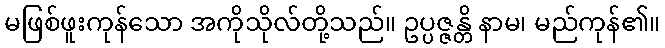
မဖြစ်ဖူးကုန်သော အကိုသိုလ်တို့သည်။ ဥပ္ပဇ္ဇန္တိ နာမ၊ မည်ကုန်၏။